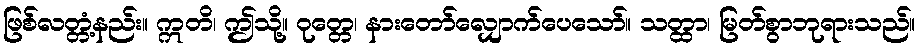
ဖြစ်လတ္တံ့နည်း။ ဣတိ၊ ဤသို့။ ဝုတ္တေ၊ နားတော်လျှောက်ပေသော်။ သတ္ထာ၊ မြတ်စွာဘုရားသည်။